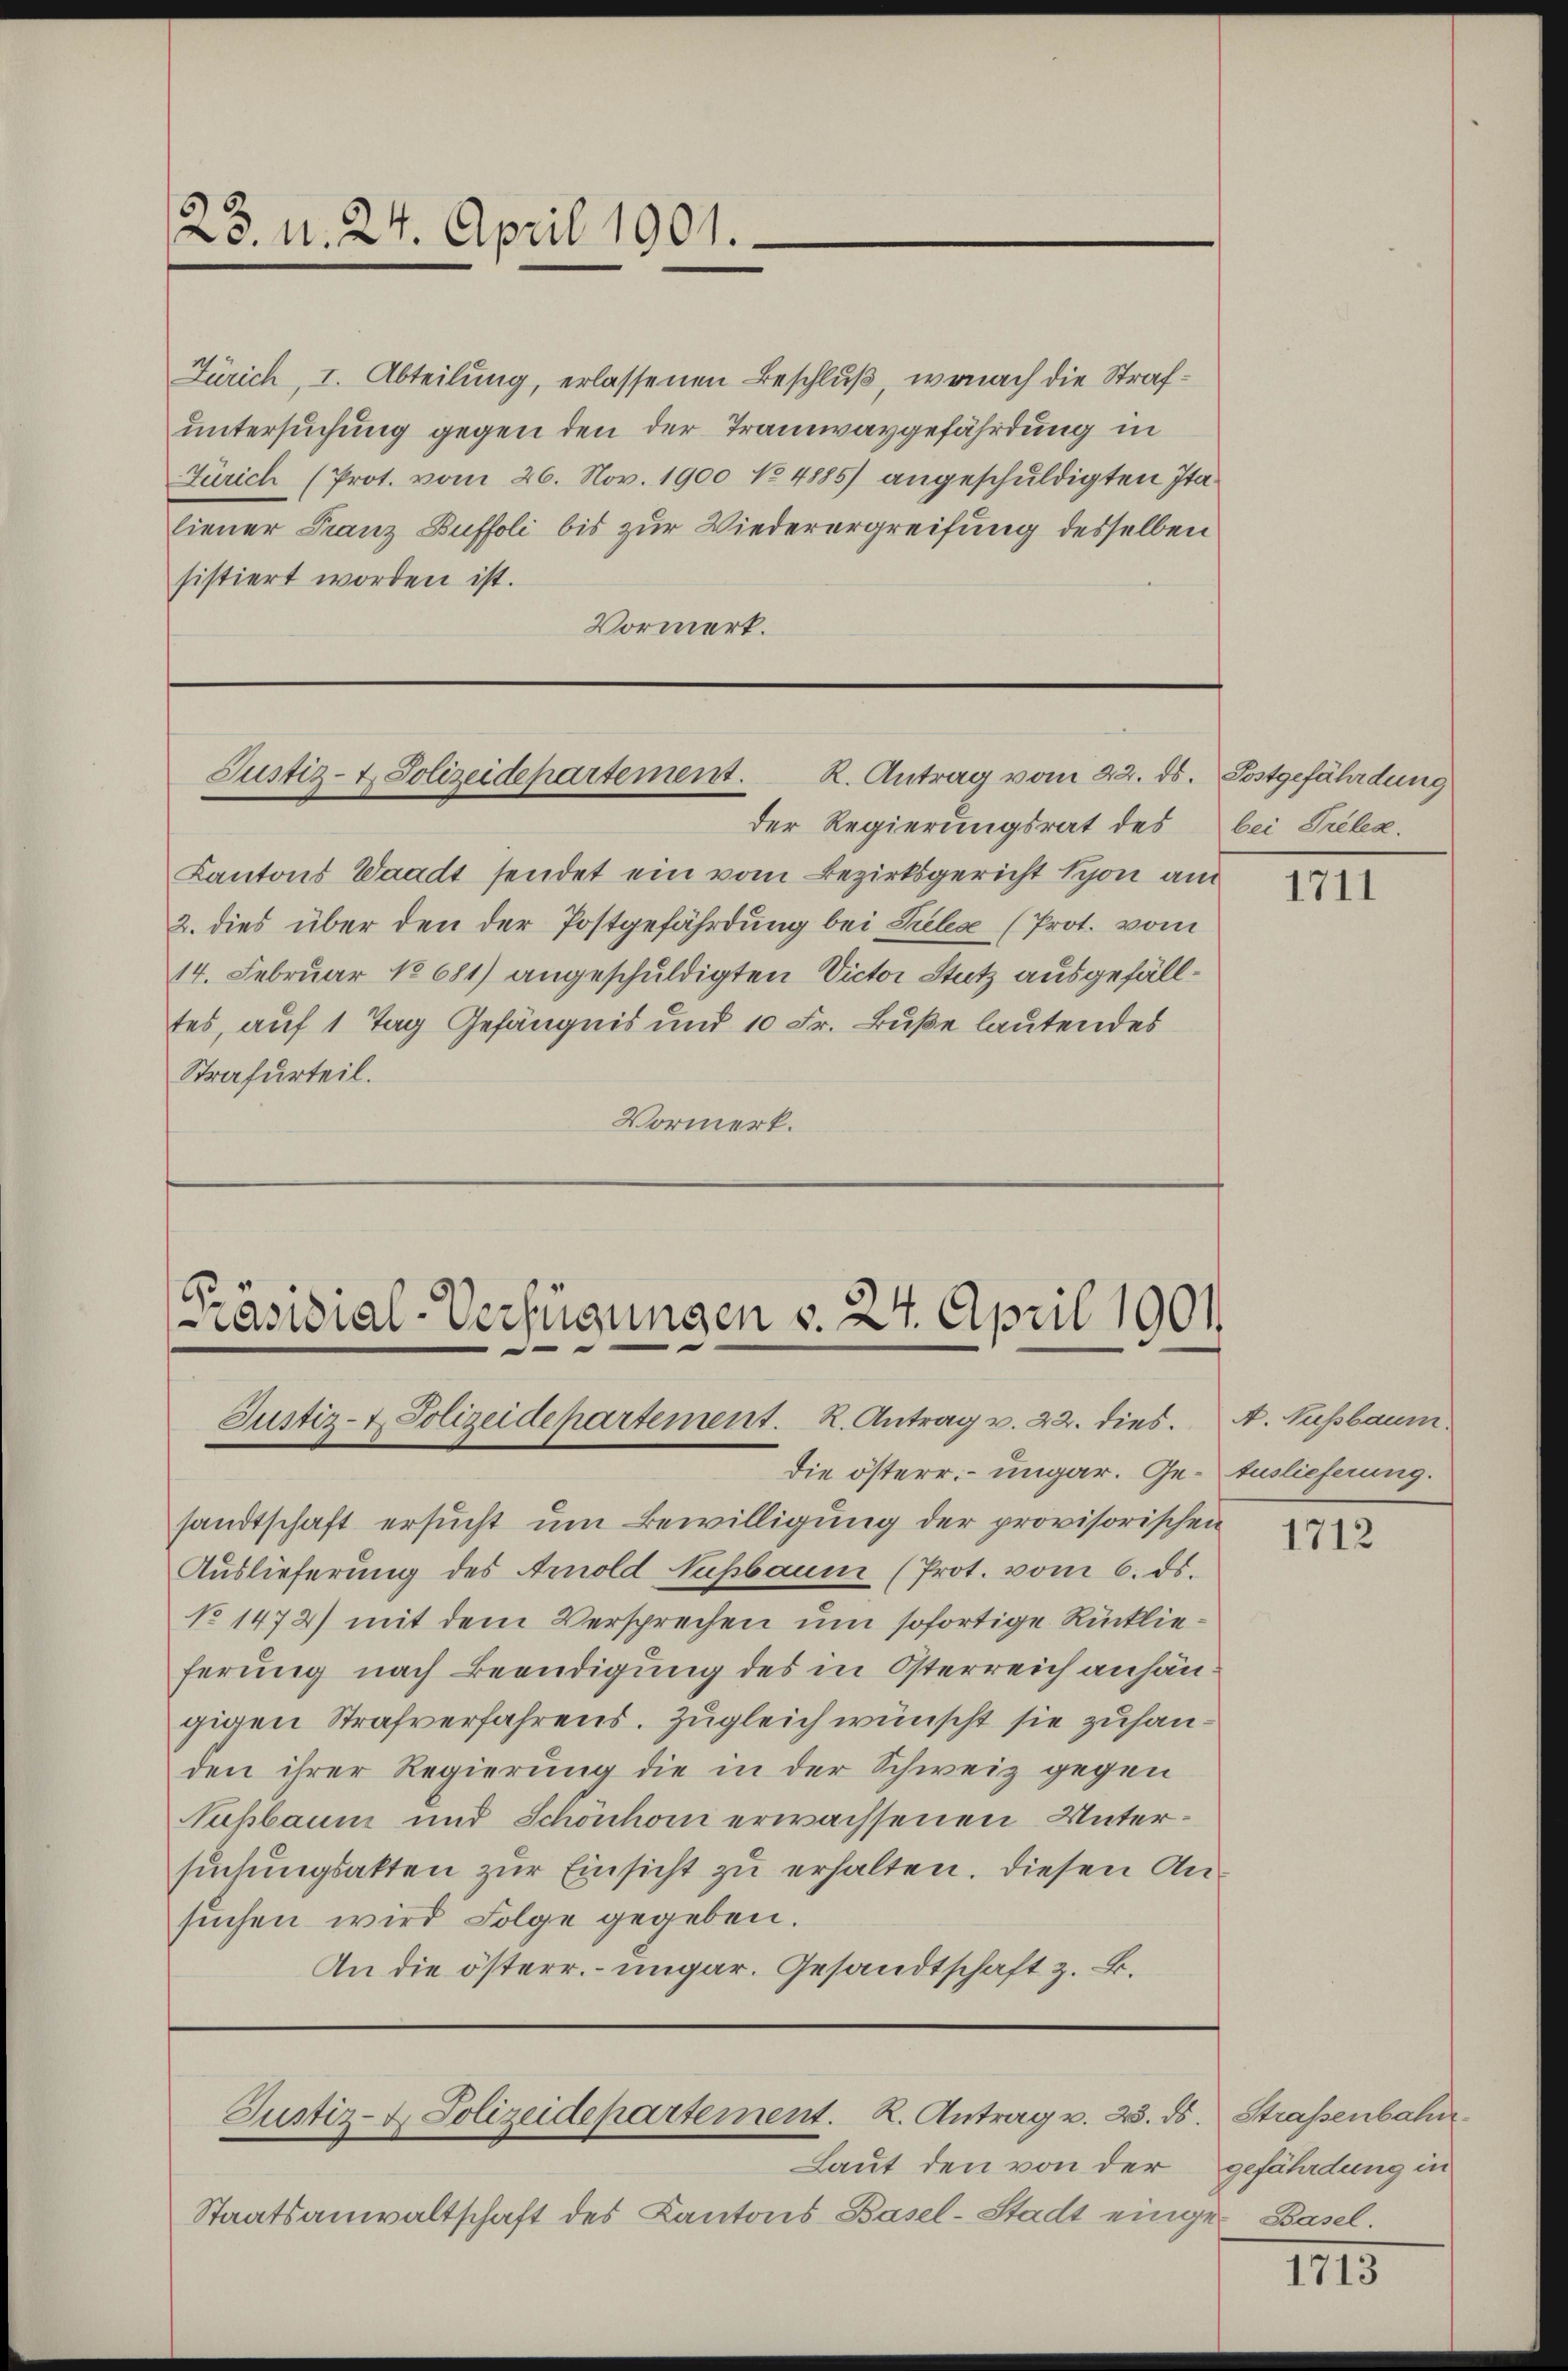
123. d. 24. April 1901.

Zürich, I. Abteilung, erlassenen Beschluß, wonach die Strafuntersuchung gegen den der Tramwaygefährdung in
Zürich (Prot. vom 26. Nov. 1900 No 4885) angeschuldigten Italiener Franz Buffoli bis zur Wiederergreifung desselben
sistiert worden ist.
Vormerk.

Justiz- & Polizeidepartement. K. Antrag vom 22. ds. Postgefährdung

Präsidial-Verfügungen d. 24. April 1901
Justiz- & Polizeidepartement. R. Antrag v. 22. dies. A. Lassbaum.

der Regierungsrat des
Kantons Waadt sendet ein vom Bezirksgericht schon am
2. dies über den der Postgefährdung bei Selexe (Prot. vom
14. Februar 18681) angeschuldigten Victor Stutz ausgefälltes, auf 1 Tag Gefängnis und 10 Fr. Buße lautendes
Strafurteil.
Vormerk.

Justiz- & Polizeidepartement. K. Antrag v. 23. ds. Strassenbahn

Laut den von der
Staatsanwaltschaft des Kantons Basel-Stadt einger Basel.

bei Prélea.

sandtschaft ersucht um Bewilligung der provisorischen
Auslieferung des Arnold Nußbaum (Prot. vom 6. ds.
No 1472) mit dem Versprechen um sofortige Rücklieferung nach Beendigung des in Österreich anhängigen Strafverfahrens. Zugleich wünscht sie zufanden ihrer Regierung die in der Schweiz gegen
Nußbaum und Schönhom erwachsenen Untersuchungsakten zur Einsicht zu erhalten. Diesen Ansuchen wird Folge gegeben.
An die österr. ungar. Gesandtschaft z. B.

die österr. – ungar. Ge- Auslieferung.

1711

1712

gefährdung in

1713